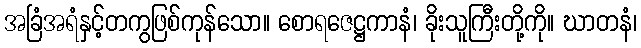
အခြံအရံနှင့်တကွဖြစ်ကုန်သော။ စောရဇေဋ္ဌကာနံ၊ ခိုးသူကြီးတို့ကို။ ဃာတနံ၊